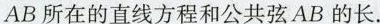
AB所在的直线方程和公共弦AB的长。